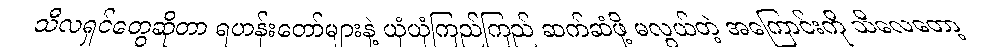
သီလရှင်တွေဆိုတာ ရဟန်းတော်များနဲ့ ယုံယုံကြည်ကြည် ဆက်ဆံဖို့ မလွယ်တဲ့ အကြောင်းကို သိလေတော့